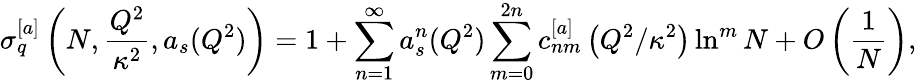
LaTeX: {\sigma}_{q}^{[a]}\left(N,\frac{Q^{2}}{\kappa^{2}},a_{s}(Q^{2})\right)=1+\sum_{n=1}^{\infty}a_{s}^{n}(Q^{2})\sum_{m=0}^{2n}c_{nm}^{[a]}\left({Q^{2}}/{\kappa^{2}}\right)\ln^{m}N+O\left(\frac{1}{N}\right),